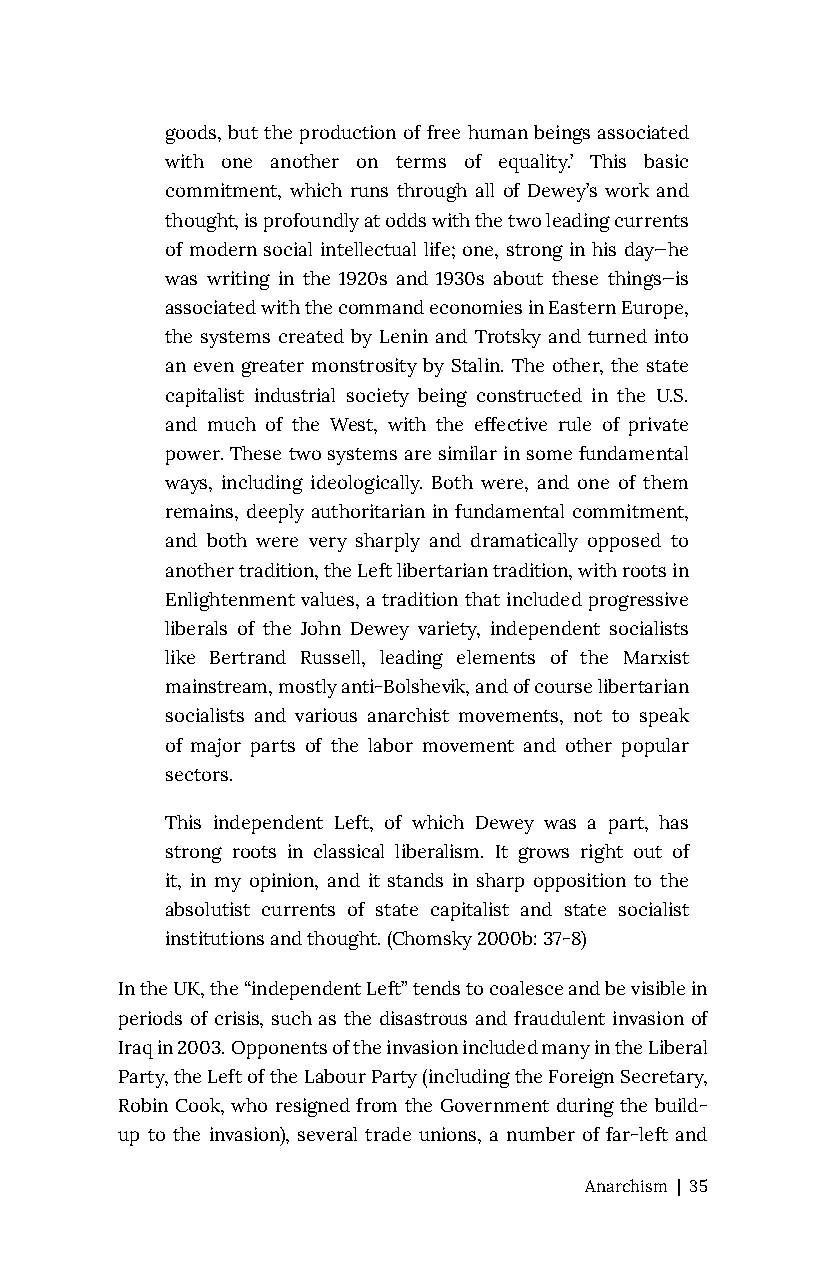
goods, but the production of free human beings associated
 with one another on terms of equality.’ This basic
 commitment, which runs through all of Dewey’s work and
 thought, is profoundly at odds with the two leading currents
 of modern social intellectual life; one, strong in his day—he
 was writing in the 1920s and 1930s about these things—is
 associated with the command economies in Eastern Europe,
 the systems created by Lenin and Trotsky and turned into
 an even greater monstrosity by Stalin. The other, the state
 capitalist industrial society being constructed in the U.S.
 and much of the West, with the effective rule of private
 power. These two systems are similar in some fundamental
 ways, including ideologically. Both were, and one of them
 remains, deeply authoritarian in fundamental commitment,
 and both were very sharply and dramatically opposed to
 another tradition, the Left libertarian tradition, with roots in
 Enlightenment values, a tradition that included progressive
 liberals of the John Dewey variety, independent socialists
 like Bertrand Russell, leading elements of the Marxist
 mainstream, mostly anti-Bolshevik, and of course libertarian
 socialists and various anarchist movements, not to speak
 of major parts of the labor movement and other popular
 sectors.
 This independent Left, of which Dewey was a part, has
 strong roots in classical liberalism. It grows right out of
 it, in my opinion, and it stands in sharp opposition to the
 absolutist currents of state capitalist and state socialist
 institutions and thought. (Chomsky 2000b: 37-8)
 In the UK, the “independent Left” tends to coalesce and be visible in
 periods of crisis, such as the disastrous and fraudulent invasion of
 Iraq in 2003. Opponents of the invasion included many in the Liberal
 Party, the Left of the Labour Party (including the Foreign Secretary,
 Robin Cook, who resigned from the Government during the build-
 up to the invasion), several trade unions, a number of far-left and
 Anarchism | 35